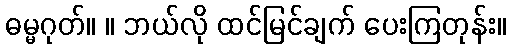
ဓမ္မဂုတ်။ ။ ဘယ်လို ထင်မြင်ချက် ပေးကြတုန်း။